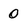
Character: 0